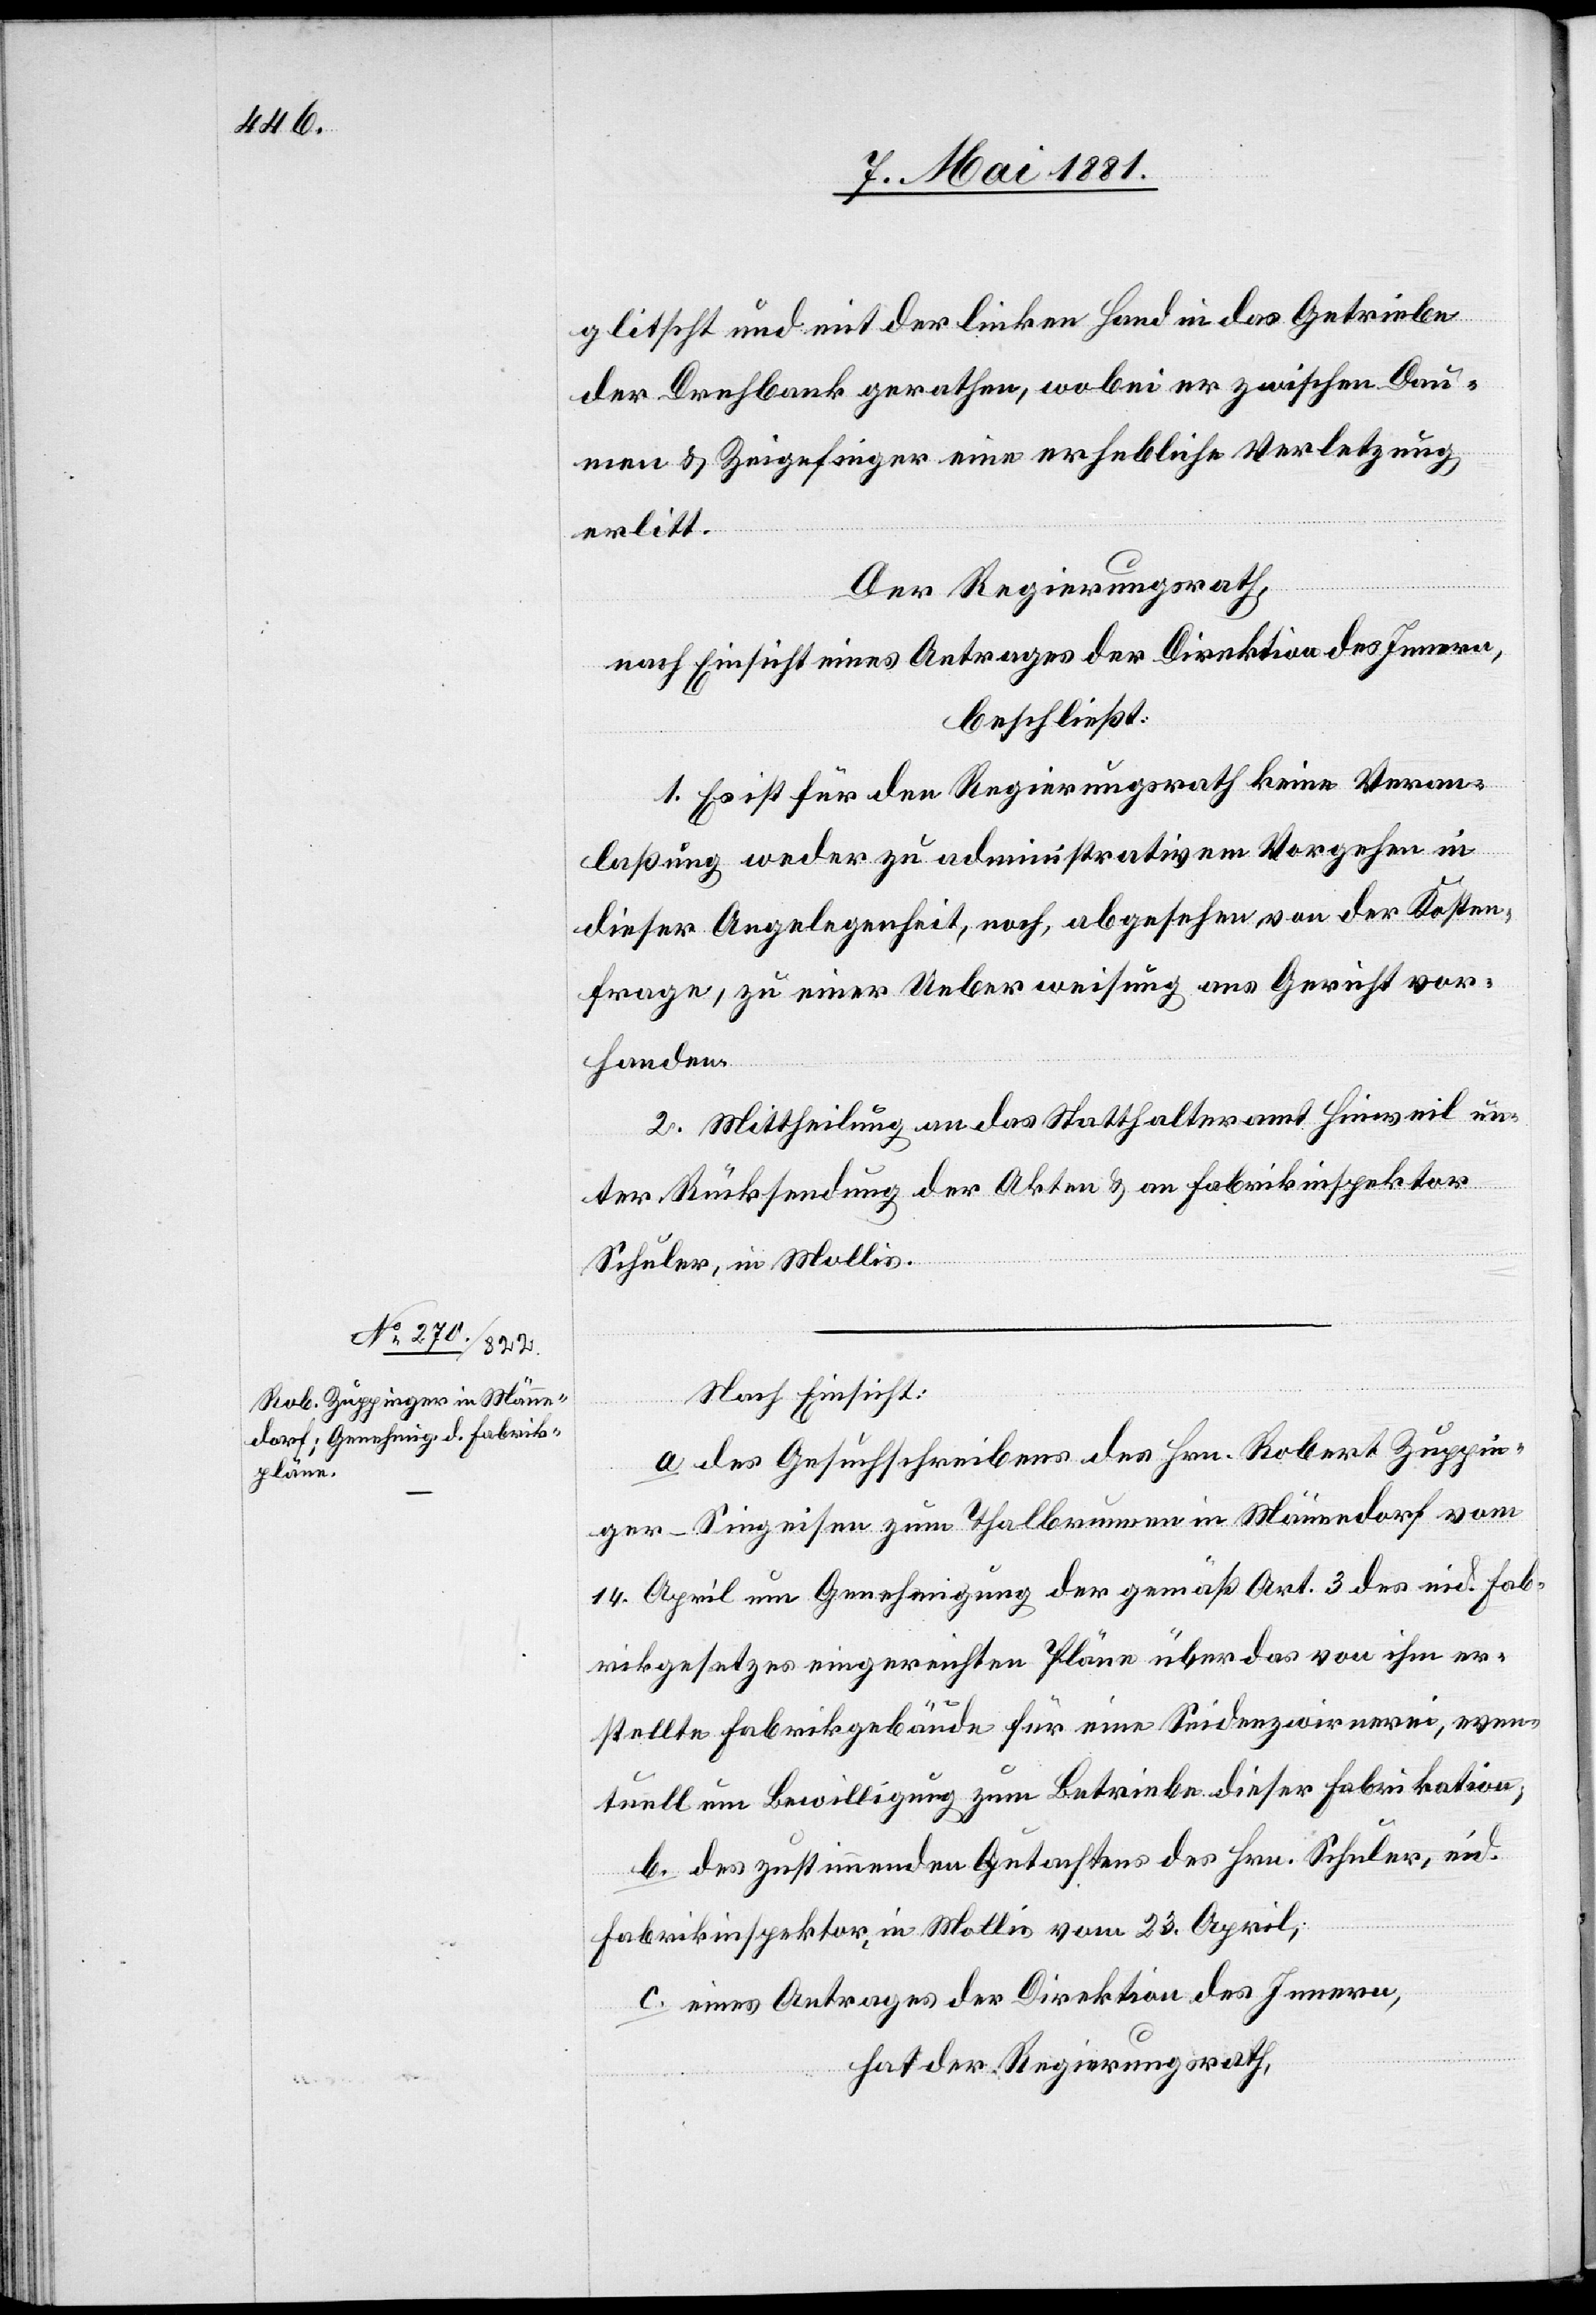
glitscht und mit der liken Hand in das Getriebe
der Drehbank geraten, wobei der zwischen Dau¬
men & Zeigefinger eine erhebliche Verletzung
erlitt.
Der Regierungsrath,
nach Einsicht eines Antrages der Direktion des Innern,
beschließt:
1. Es ist für den Regierungsrath keine Veran¬
laßung weder zu administrativem Vorgehen in
dieser Angelegenheit, noch, abgesehen von der Kosten¬
frage, zu einer Ueberweisung ans Gericht vor¬
handen.
2. Mittheilung an das Statthalteramt Hinweil un¬
ter Rücksendung der Akten & an Fabrikinspektor
Schuler, in Mollis.
Nach Einsicht:
a. des Gesuchschreibens des Hrn. Robert Zuppin¬
ger-Singeisen zum Thalbrunnen in Männedorf vom
14. April um Genehmigung der gemäß Art. 3 des eid. Fab¬
rikgesetzes eingereichten Pläne über das von ihm er¬
stellte Fabrikgebäude für eine Seidenzwirnerei, even¬
tuell um Bewilligung zum Betriebe dieser Fabrikation;
b. des zustimmenden Gutachtens des Hrn. Schuler, eid.
Fabrikinspektor, in Mollis, vom 23. April;
c. eines Antrages der Direktion des Innern,
hat der Regierungsrath,